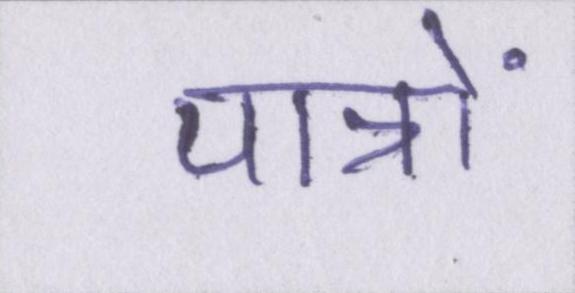
पात्रों